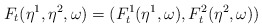
\begin{align*}F_t(\eta^1,\eta^2,\omega)=(F_t^1(\eta^1,\omega),F_t^2(\eta^2,\omega))\end{align*}